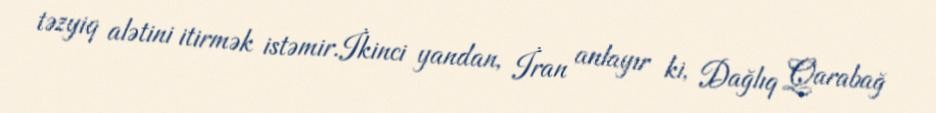
təzyiq alətini itirmək istəmir.İkinci yandan, İran anlayır ki, Dağlıq Qarabağ